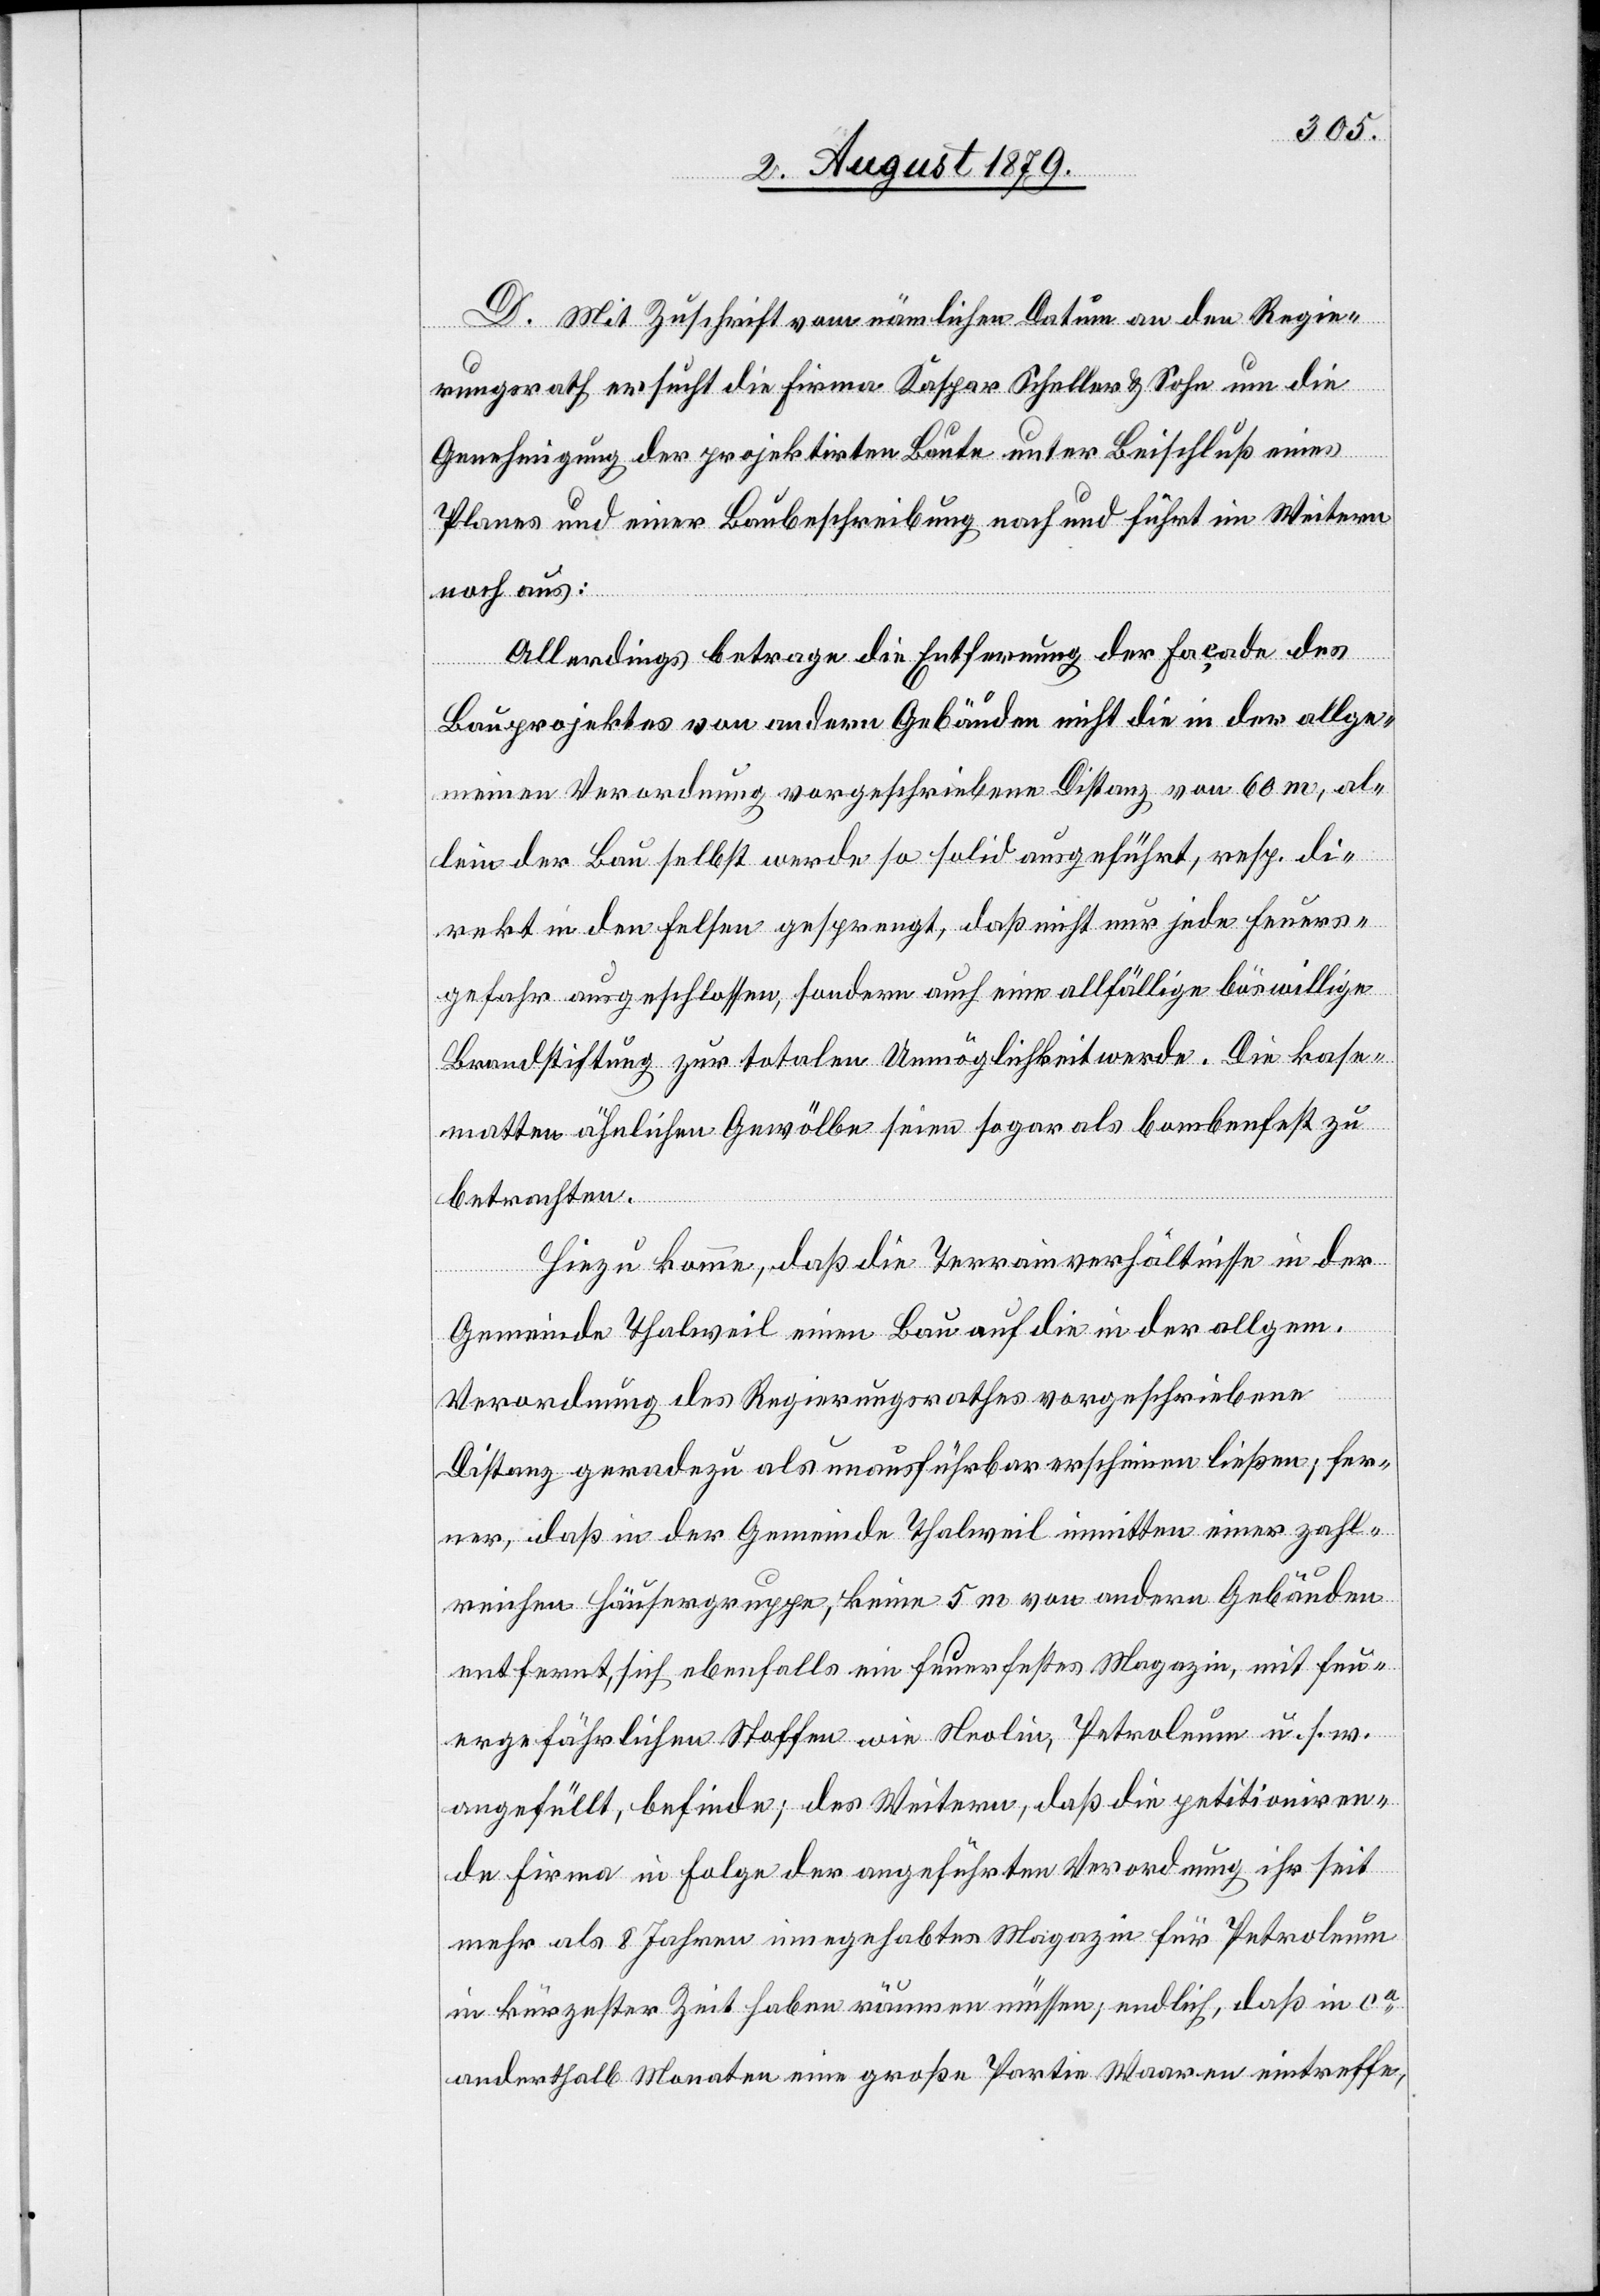
D. Mit Zuschrift vom nämlichen Datum an den Regie¬
rungsrath ersucht die Firma Kaspar Scheller & Sohn um die
Genehmigung der projektirten Baute unter Beischluß eines
Planes und einer Baubeschreibung nach und führt im Weitern
noch aus:
Allerdings betrage die Entfernung der Façade des
Bauprojektes von andern Gebäuden nicht die in der allge¬
meinen Verordnung vorgeschriebenen Distanz von 60 m, al¬
lein der Bau selbst werde so solid ausgeführt, resp. di¬
rekt in den Felsen gesprengt, daß nicht nur jede Feuers¬
gefahr ausgeschlossen, sondern auch eine allfällige böswillige
Brandstiftung zur totalen Unmöglichkeit werde. Die Kase¬
matten ähnlichen Gewölbe seien sogar als bombenfest zu
betrachten.
Hiezu komme, daß die Terrainverhältnisse in der
Gemeinde Thalweil einen Bau auf die in der allgem.
Verordnung des Regierungsrathes vorgeschriebene
Distanz geradezu als unausführbar erscheinen ließen, fer¬
ner, daß in der Gemeinde Thalweil inmitten einer zahl¬
reichen Häuschengruppe, keine 5 m von andern Gebäuden
entfernt, sich ebenfalls ein feuerfestes Magazin, mit feu¬
ergefährlichen Stoffen wie Neolin, Petroleum u. s. w.
angefüllt, befinde; des Weitern, daß die petitioniren¬
de Firma in Folge der angeführten Verordnung ihr seit
mehr als 8 Jahren innegehabtes Magazin für Petroleum
in kürzester Zeit haben räumen müssen; endlich, daß in ca
anderthalb Monaten eine große Partie Waaren eintreffe,